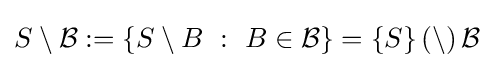
S\setminus {\mathcal {B}}:=\{S\setminus B~:~B\in {\mathcal {B}}\}=\{S\}\,(\setminus )\,{\mathcal {B}}